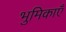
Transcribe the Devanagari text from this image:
भुमिकाएँ